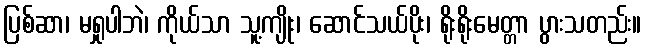
ပြစ်ဆာ၊ မရှုပါဘဲ၊ ကိုယ်သာ သူ့ကျိုး၊ ဆောင်သယ်ပိုး၊ ရိုးရိုးမေတ္တာ ပွားသတည်း။